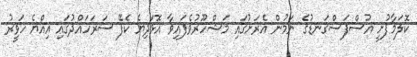
ކޮލަމާފުށީ އުސްފަސްގަނޑުގެ ނަމުން އެރަށުގައި މަޝްހޫރުވެފައިވާ އޮޅަދިޔެ ކެފޭ ސަރަހައްދުގައި އިއްޔެ ހަވީރު